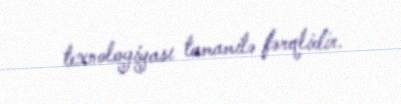
texnologiyası tamamilə fərqlidir.